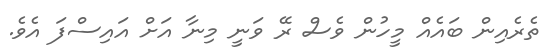
ތެރެއިން ބައެއް މީހުން ވެސް ރޭ ވަނީ މިނާ އަށް އައިސްފަ އެވެ.